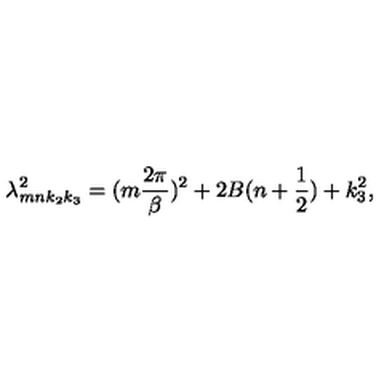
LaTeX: \lambda _ { m n k _ { 2 } k _ { 3 } } ^ { 2 } = ( m \frac { 2 \pi } { \beta } ) ^ { 2 } + 2 B ( n + \frac { 1 } { 2 } ) + k _ { 3 } ^ { 2 } ,